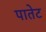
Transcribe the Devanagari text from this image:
पातेट